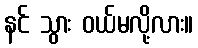
နင် သွား ဝယ်မလို့လား။